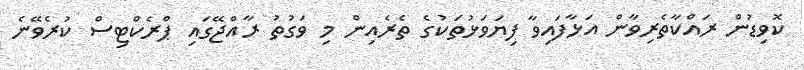
ކޮވިޑުން ރައްކާތެރިވާން އަޅާފައިވާ ފިޔަވަޅުތަކުގެ ތެރެއިން މި ވަގުތު ރާއްޖޭގައި ޕްރެކްޓިސް ކުރެވޭނެ